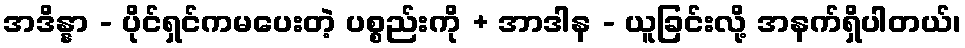
အဒိန္နာ - ပိုင်ရှင်ကမပေးတဲ့ ပစ္စည်းကို + အာဒါန - ယူခြင်းလို့ အနက်ရှိပါတယ်၊